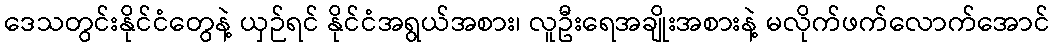
ဒေသတွင်းနိုင်ငံတွေနဲ့ ယှဉ်ရင် နိုင်ငံအရွယ်အစား၊ လူဦးရေအချိုးအစားနဲ့ မလိုက်ဖက်လောက်အောင်